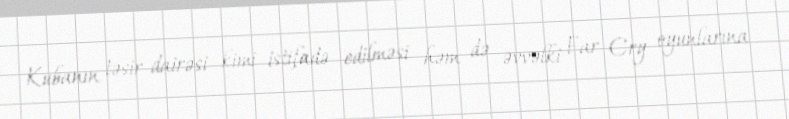
Kubanın təsir dairəsi kimi istifadə edilməsi həm də əvvəlki Far Cry oyunlarına